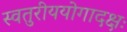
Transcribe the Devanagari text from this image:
स्वतुरीययोगादक्षः